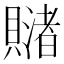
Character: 𧸓